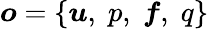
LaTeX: \boldsymbol{o}=\{ \boldsymbol{u},\; p,\; \boldsymbol{f},\; q\}